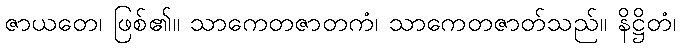
ဇာယတေ၊ ဖြစ်၏။ သာကေတဇာတကံ၊ သာကေတဇာတ်သည်။ နိဋ္ဌိတံ၊